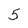
Character: 5